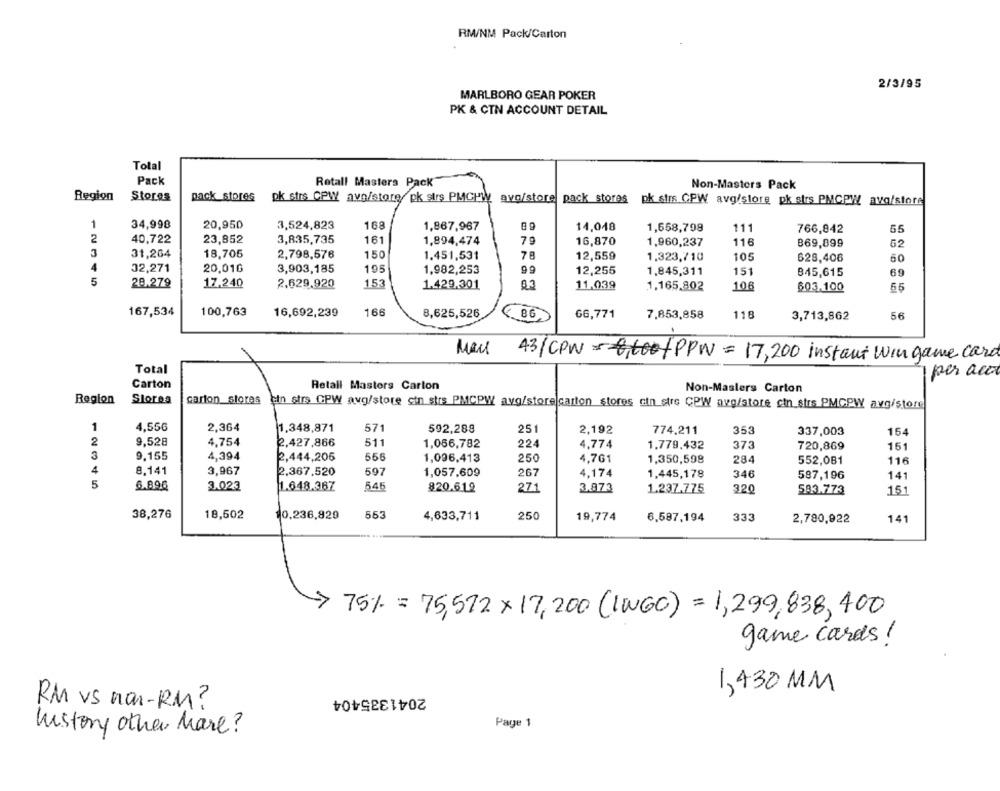
RM/NM Pack/Carton
2/3/95
MARLBORO GEAR POKER
PK & CTN ACCOUNT DETAIL
Total
Pack
Retall Masters Pack
Non-Masters Pack
Region
Stores
pack stores
pk strs CPW avo/store/ pk strs PMCPW avo/store pack stores pk strs CPW avg/store pk strs PMCPW ava/store
1
34,998
20,950
3,524,823
168
1,867,967
0 9
14,048
1,658,799
111
766,842
55
2
40,722
23,852
3,835,735
161
1,894,474
79
16,870
1,960,237
116
869,899
62
31,264
18,705
2,798,576
150
1.451,531
78
12,559
1,323,710
105
628,406
50
4
32,271
20,016
3,903,185
195
1,982,253
99
12,255
1,845,311
151
845,615
69
5
28,279
17.240
2,629,920
153
1.429,301
83
11,039
106
1.165,802
603.100
55
167,534
100,763
16,692,239
166
8,625,526
66,771
7.853,858
118
3,713,862
56
43/CPW = 100/PPW = 17, 200 instant Win game card
Total
per acit
Carton
Retail Masters Carton
Non-Maslers Carton
Region
Slores
carton stores cin strs GPW avg/store sin strs PMCPW avg/store carton stores cin stre CPW avg/store cin_strs PMCPW avg/store
1
4,556
2,364
571
592,288
1.348,871
251
2,192
774.211
353
337,003
154
2
9,528
4,754
2,427,866
511
1,066,782
224
4,774
1.779,432
373
720,869
151
3
9.155
4,394
2,444,206
556
1,096,413
250
4,761
1,350,598
284
552,081
116
4
8.141
3,967
2,367,520
597
1,057,609
267
4,174
1,445,178
346
587,196
141
5
6.896
3.023
1.648.367
545
820.619
271
3.873
1.237.775
320
583.773
151
18,502
553
38,276
10,236,829
4,633,711
25
19,774
6.587,194
333
2,780,922
141
75% = 75,572 x 17, 200 (IWGC) = 1,299,838, 400
game cards !
1,430 MM
2041335404
RM vs non-RM ?
Page 1
history other Mare?